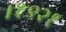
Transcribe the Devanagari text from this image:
।१९२१